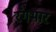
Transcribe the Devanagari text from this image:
रंगभार